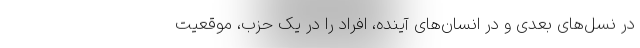
در نسل‌های بعدی و در انسان‌های آینده، افراد را در یک حزب، موقعیت